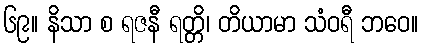
၆၉။ နိသာ စ ရဇနီ ရတ္တိ၊ တိယာမာ သံဝရီ ဘဝေ။